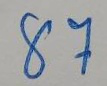
87